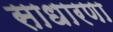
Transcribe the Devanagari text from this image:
साधारणा